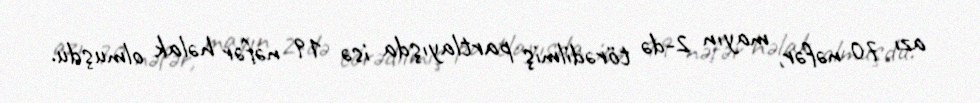
azı 70 nəfər, mayın 2-də törədilmiş partlayışda isə 19 nəfər həlak olmuşdu.